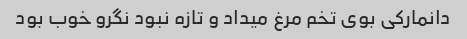
دانمارکی بوی تخم مرغ میداد و تازه نبود نگرو خوب بود